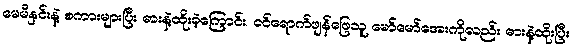
မေမီနှင်းနဲ့ စကားများပြီး ဓားနဲ့ထိုးခဲ့ကြောင်း၊ ဝင်ရောက်ဖျန်ဖြေသူ မော်မော်အေးကိုလည်း ဓားနဲ့ထိုးပြီး